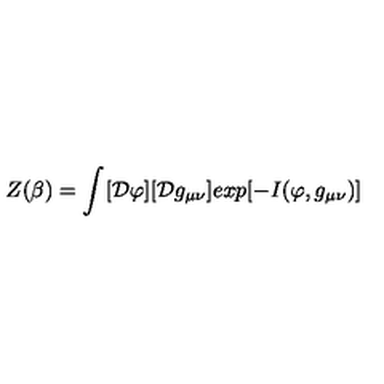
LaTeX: Z ( \beta ) = \int _ { } ^ { } [ { \cal D } \varphi ] [ { \cal D } g _ { \mu \nu } ] e x p [ - I ( \varphi , g _ { \mu \nu } ) ]